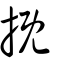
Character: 摡